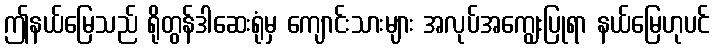
ဤနယ်မြေသည် ရိုတွန်ဒါဆေးရုံမှ ကျောင်းသားများ အလုပ်အကျွေးပြုရာ နယ်မြေဟုပင်